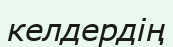
келдердің